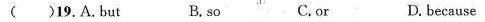
( )19.A.but B.so C.or D. because